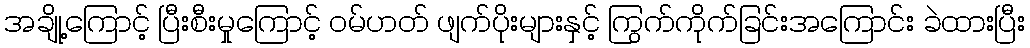
အချို့ကြောင့် ပြီးစီးမှုကြောင့် ဝမ်ဟတ် ဖျက်ပိုးများနှင့် ကြွက်ကိုက်ခြင်းအကြောင်း ခဲထားပြီး